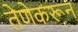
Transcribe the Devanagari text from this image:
तेणेकरून